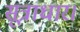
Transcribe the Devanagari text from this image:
सूत्राधार।